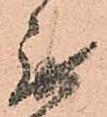
無